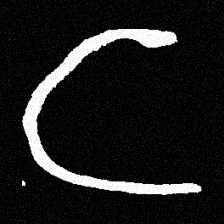
Pyu character \u2014 Myanmar letter: င (romanized: nga)